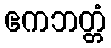
ဧကဘတ္တံ